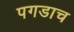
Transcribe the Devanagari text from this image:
पगडाच